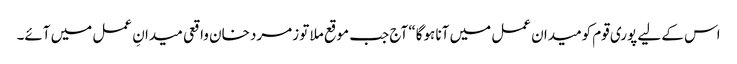
اس کے لیے پوری قوم کومیدان عمل میں آنا ہوگا“ آج جب موقع ملا تو زمرد خان واقعی میدانِ عمل میں آئے۔